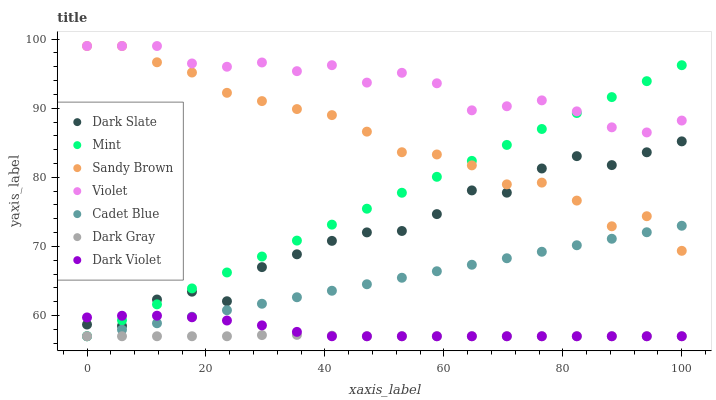
| xaxis_label | Dark Slate | Mint | Sandy Brown | Violet | Cadet Blue | Dark Gray | Dark Violet |
 | --- | --- | --- | --- | --- | --- | --- | --- |
 | 0 | 58.7 | 57 | 99 | 99 | 57 | 57 | 59.7 |
 | 5.88 | 58.5 | 59.3 | 99 | 99 | 57.9 | 57 | 60 |
 | 11.8 | 62.3 | 61.6 | 96.6 | 99 | 58.9 | 57 | 60 |
 | 17.6 | 63.5 | 63.9 | 95.2 | 96.5 | 59.8 | 57 | 59.7 |
 | 23.5 | 62.1 | 66.2 | 92.2 | 96 | 60.8 | 57 | 59.3 |
 | 29.4 | 67 | 68.5 | 91 | 96.6 | 61.7 | 57.2 | 58.6 |
 | 35.3 | 68.9 | 70.8 | 89.9 | 95.4 | 62.6 | 57.2 | 57.6 |
 | 41.2 | 70.8 | 73.2 | 89 | 96.2 | 63.6 | 57.1 | 57 |
 | 47.1 | 72 | 75.5 | 86.6 | 93.7 | 64.5 | 57 | 57 |
 | 52.9 | 72.2 | 77.8 | 83.6 | 95.1 | 65.5 | 57 | 57 |
 | 58.8 | 74.7 | 80.1 | 83.3 | 93.6 | 66.4 | 57 | 57 |
 | 64.7 | 78.1 | 82.4 | 81.7 | 89.7 | 67.3 | 57 | 57 |
 | 70.6 | 77.8 | 84.7 | 79 | 90.3 | 68.3 | 57 | 57 |
 | 76.5 | 81.3 | 87 | 79.2 | 91.1 | 69.2 | 57 | 57 |
 | 82.4 | 83.1 | 89.3 | 76.6 | 89.5 | 70.2 | 57 | 57 |
 | 88.2 | 81.8 | 91.6 | 72.9 | 87.2 | 71.1 | 57 | 57 |
 | 94.1 | 83.6 | 93.9 | 74.4 | 86.5 | 72 | 57 | 57 |
 | 100 | 85.2 | 96.2 | 69.4 | 88.2 | 73 | 57 | 57 |